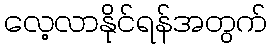
လေ့လာနိုင်ရန်အတွက်